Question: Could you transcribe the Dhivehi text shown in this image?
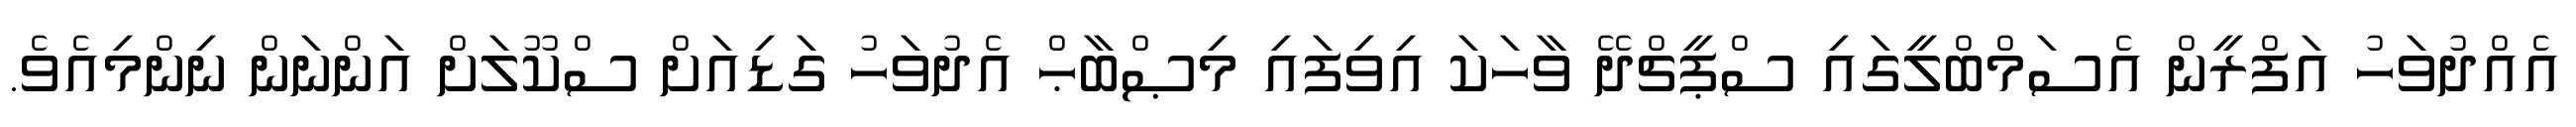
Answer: އެއްދުވަހު އަފްރީން އެސަމްބްލީގައި ސްޕީޗްދޭ ވާހަކަ އިވިފައި މިޞްބާޙް އެދުވަހު ގަޑިއަށް ސްކޫލަށް އަންނަން ނިންމިއެވެ.